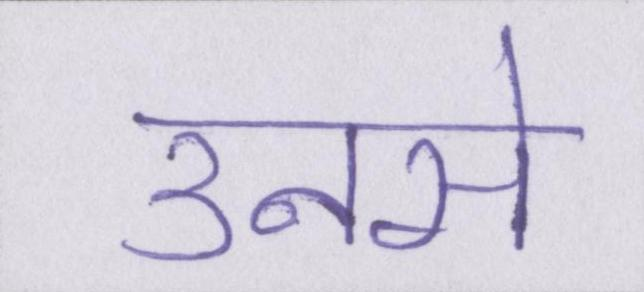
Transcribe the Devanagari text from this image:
उनसे